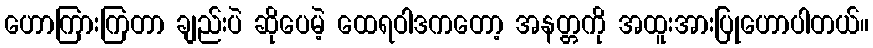
ဟောကြားကြတာ ချည်းပဲ ဆိုပေမဲ့ ထေရဝါဒကတော့ အနတ္တကို အထူးအားပြုဟောပါတယ်။